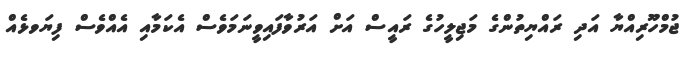
ޖުމްހޫރިއްޔާ އަދި ރައްޔިތުންގެ މަޖިލީހުގެ ރައީސް އަށް އަރުވާފައިވީނަމަވެސް އެކަމާއި އެއްވެސް ފިޔަވޅެއް